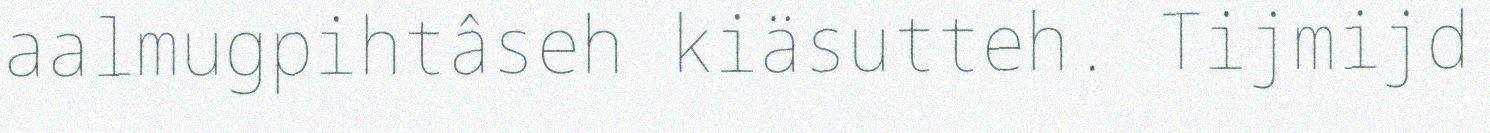
aalmugpihtâseh kiäsutteh. Tijmijd